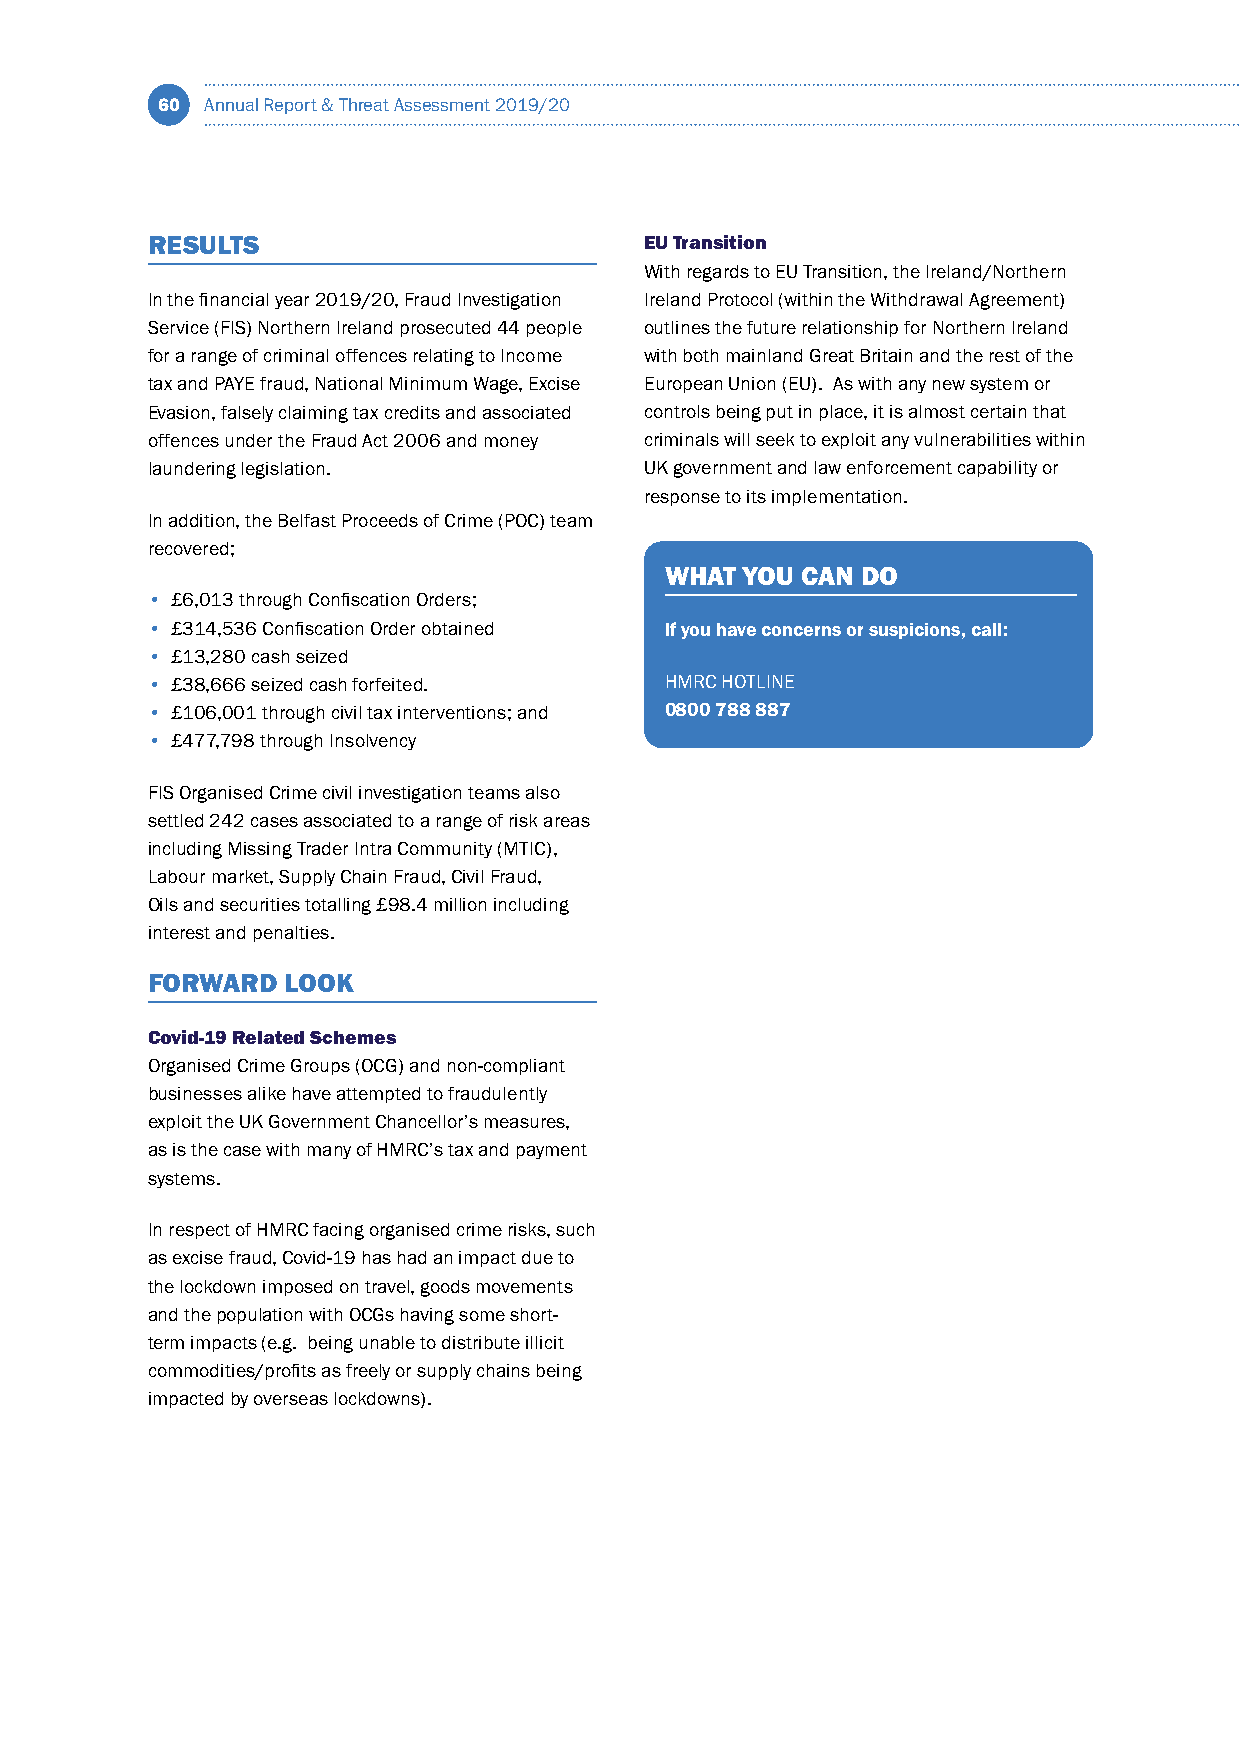
60  Annual Report & Threat Assessment 2019/20
 RESULTS                          EU Transition
 With regards to EU Transition, the Ireland/Northern
 In the financial year 2019/20, Fraud Investigation Ireland Protocol (within the Withdrawal Agreement)
 Service (FIS) Northern Ireland prosecuted 44 people outlines the future relationship for Northern Ireland
 for a range of criminal offences relating to Income with both mainland Great Britain and the rest of the
 tax and PAYE fraud, National Minimum Wage, Excise European Union (EU). As with any new system or
 Evasion, falsely claiming tax credits and associated controls being put in place, it is almost certain that
 offences under the Fraud Act 2006 and money criminals will seek to exploit any vulnerabilities within
 laundering legislation.          UK government and law enforcement capability or
 response to its implementation.
 In addition, the Belfast Proceeds of Crime (POC) team
 recovered;
 WHAT YOU CAN DO
 • £6,013 through Confiscation Orders;
 • £314,536 Confiscation Order obtained If you have concerns or suspicions, call:
 • £13,280 cash seized
 • £38,666 seized cash forfeited.  HMRC HOTLINE
 • £106,001 through civil tax interventions; and 0800 788 887
 • £477,798 through Insolvency
 FIS Organised Crime civil investigation teams also
 settled 242 cases associated to a range of risk areas
 including Missing Trader Intra Community (MTIC),
 Labour market, Supply Chain Fraud, Civil Fraud,
 Oils and securities totalling £98.4 million including
 interest and penalties.
 FORWARD  LOOK
 Covid-19 Related Schemes
 Organised Crime Groups (OCG) and non-compliant
 businesses alike have attempted to fraudulently
 exploit the UK Government Chancellor’s measures,
 as is the case with many of HMRC’s tax and payment
 systems.
 In respect of HMRC facing organised crime risks, such
 as excise fraud, Covid-19 has had an impact due to
 the lockdown imposed on travel, goods movements
 and the population with OCGs having some short-
 term impacts (e.g. being unable to distribute illicit
 commodities/profits as freely or supply chains being
 impacted by overseas lockdowns).